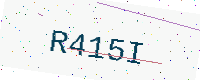
Text: R415I